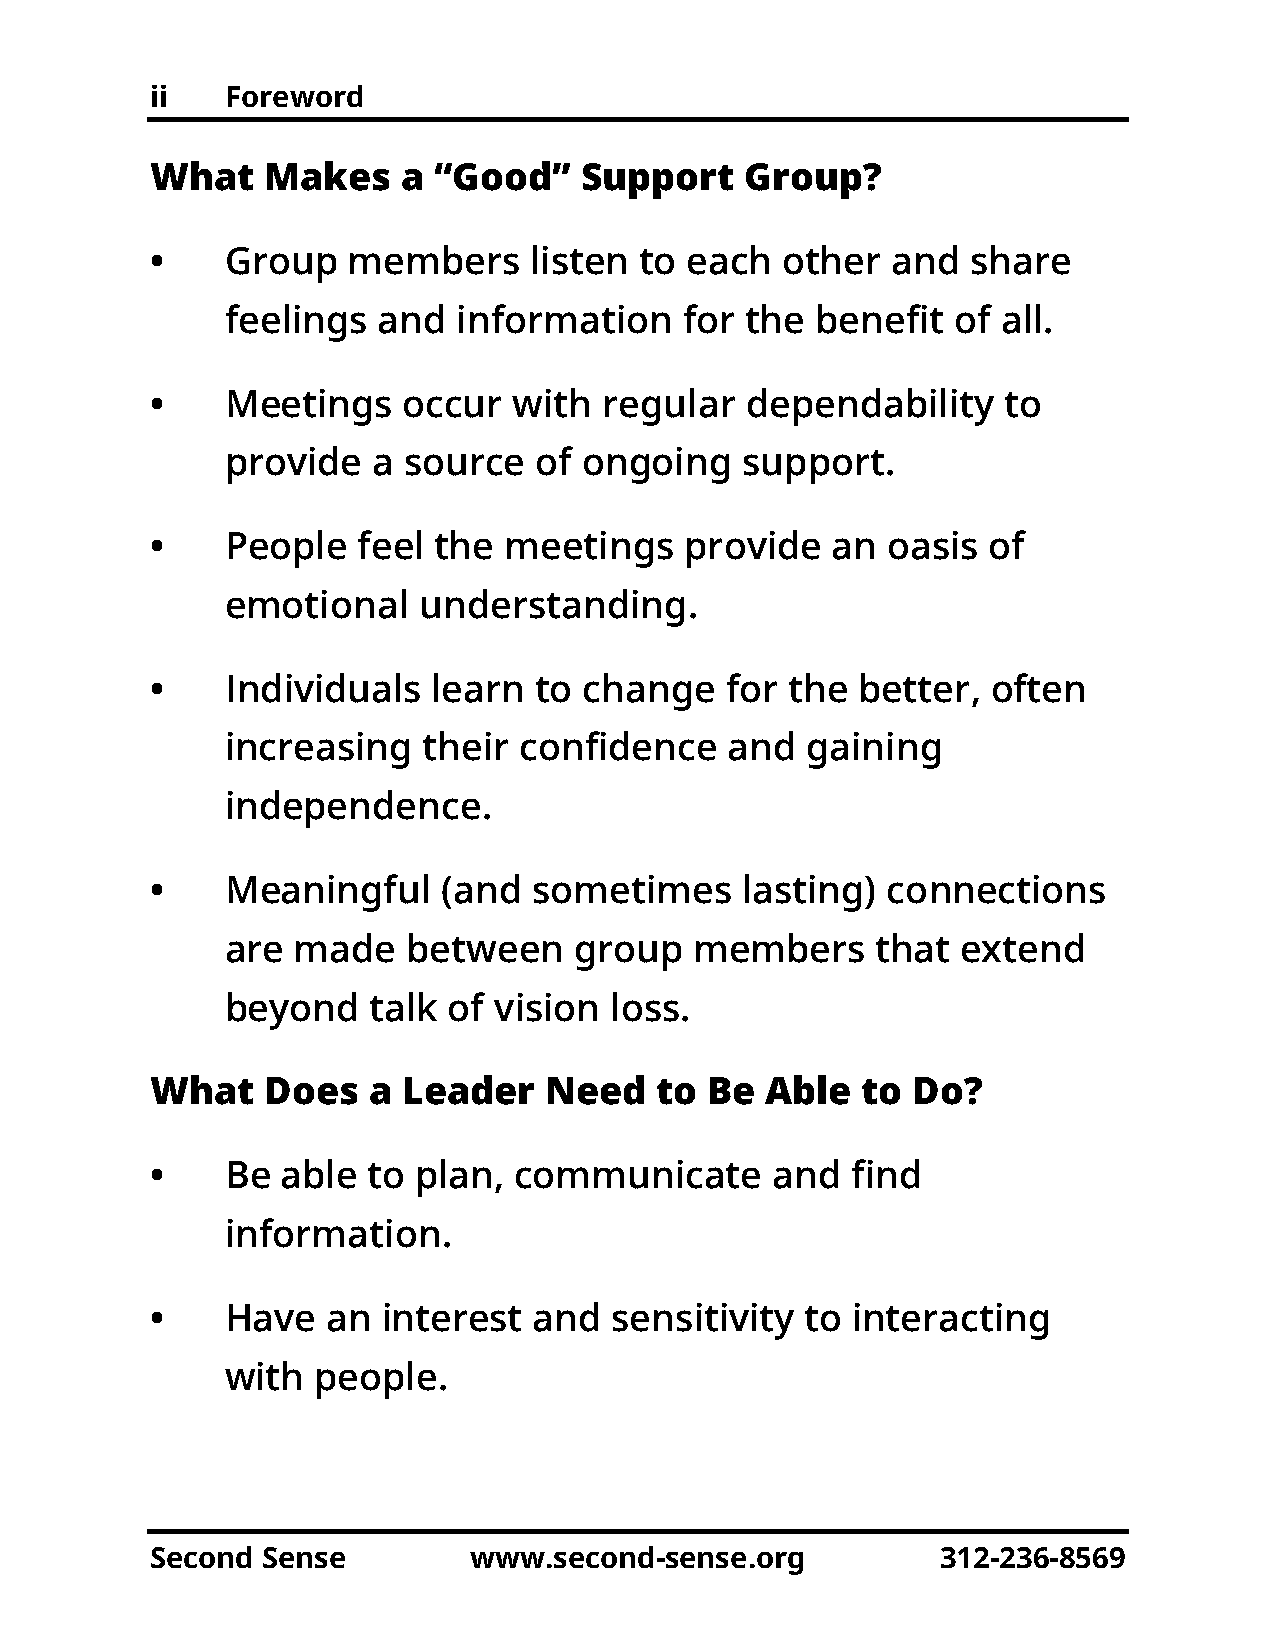
ii   Foreword
 What   Makes     a “Good”    Support   Group?
 •    Group   members     listen to each   other  and  share
 feelings  and  information    for the  benefit  of all.
 •    Meetings    occur  with  regular  dependability    to
 provide   a source  of  ongoing   support.
 •    People   feel the meetings    provide   an  oasis of
 emotional    understanding.
 •    Individuals   learn to  change   for the  better,  often
 increasing   their confidence    and  gaining
 independence.
 •    Meaningful    (and  sometimes     lasting)  connections
 are made    between    group   members     that  extend
 beyond   talk  of vision loss.
 What   Does   a  Leader   Need   to  Be  Able  to Do?
 •    Be  able to  plan, communicate      and  find
 information.
 •    Have   an interest  and  sensitivity  to interacting
 with  people.
 Second Sense         www.second-sense.org           312-236-8569